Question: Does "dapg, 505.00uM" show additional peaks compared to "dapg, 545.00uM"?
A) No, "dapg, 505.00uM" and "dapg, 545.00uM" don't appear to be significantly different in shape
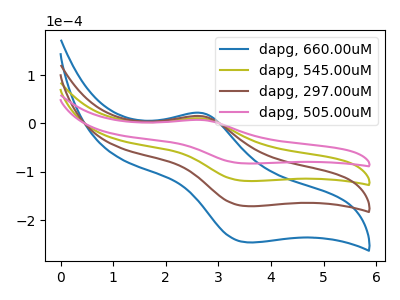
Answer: <think>The blue curve "dapg, 660.00uM" has an anodic peak at (2.70V, 31.55uA) and a cathodic peak at (3.55V, -356.65uA). The olive curve "dapg, 545.00uM" has an anodic peak at (2.70V, 10.50uA) and a cathodic peak at (3.55V, -118.90uA). The brown curve "dapg, 297.00uM" has an anodic peak at (2.70V, 21.05uA) and a cathodic peak at (3.55V, -237.75uA). The pink curve "dapg, 505.00uM" has an anodic peak at (2.70V, 7.30uA) and a cathodic peak at (3.55V, -82.70uA).
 All the peaks in "dapg, 505.00uM" have a peak in "dapg, 545.00uM" at the same potential. Every peak in "dapg, 505.00uM" is lower than every peak in "dapg, 545.00uM".</think>
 <answer>A) No, "dapg, 505.00uM" and "dapg, 545.00uM" don't appear to be significantly different in shape</answer>
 <eval>A</eval>